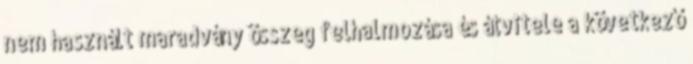
nem használt maradvány összeg felhalmozása és átvitele a következő